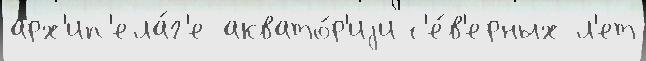
арх'ип'ела́г'е аквато́р'иjи с'е́в'ерных л'ет